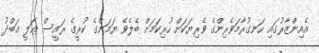
އެއިންޒާރުގައި ހަނގުރާމަވެރިންގެ ވެރިޔަކަށް ހުރިކަމަށް ބެލެވޭ ޔަމަންގެ ކުރީގެ ރައީސް ޢަލީ ޢަބްދު